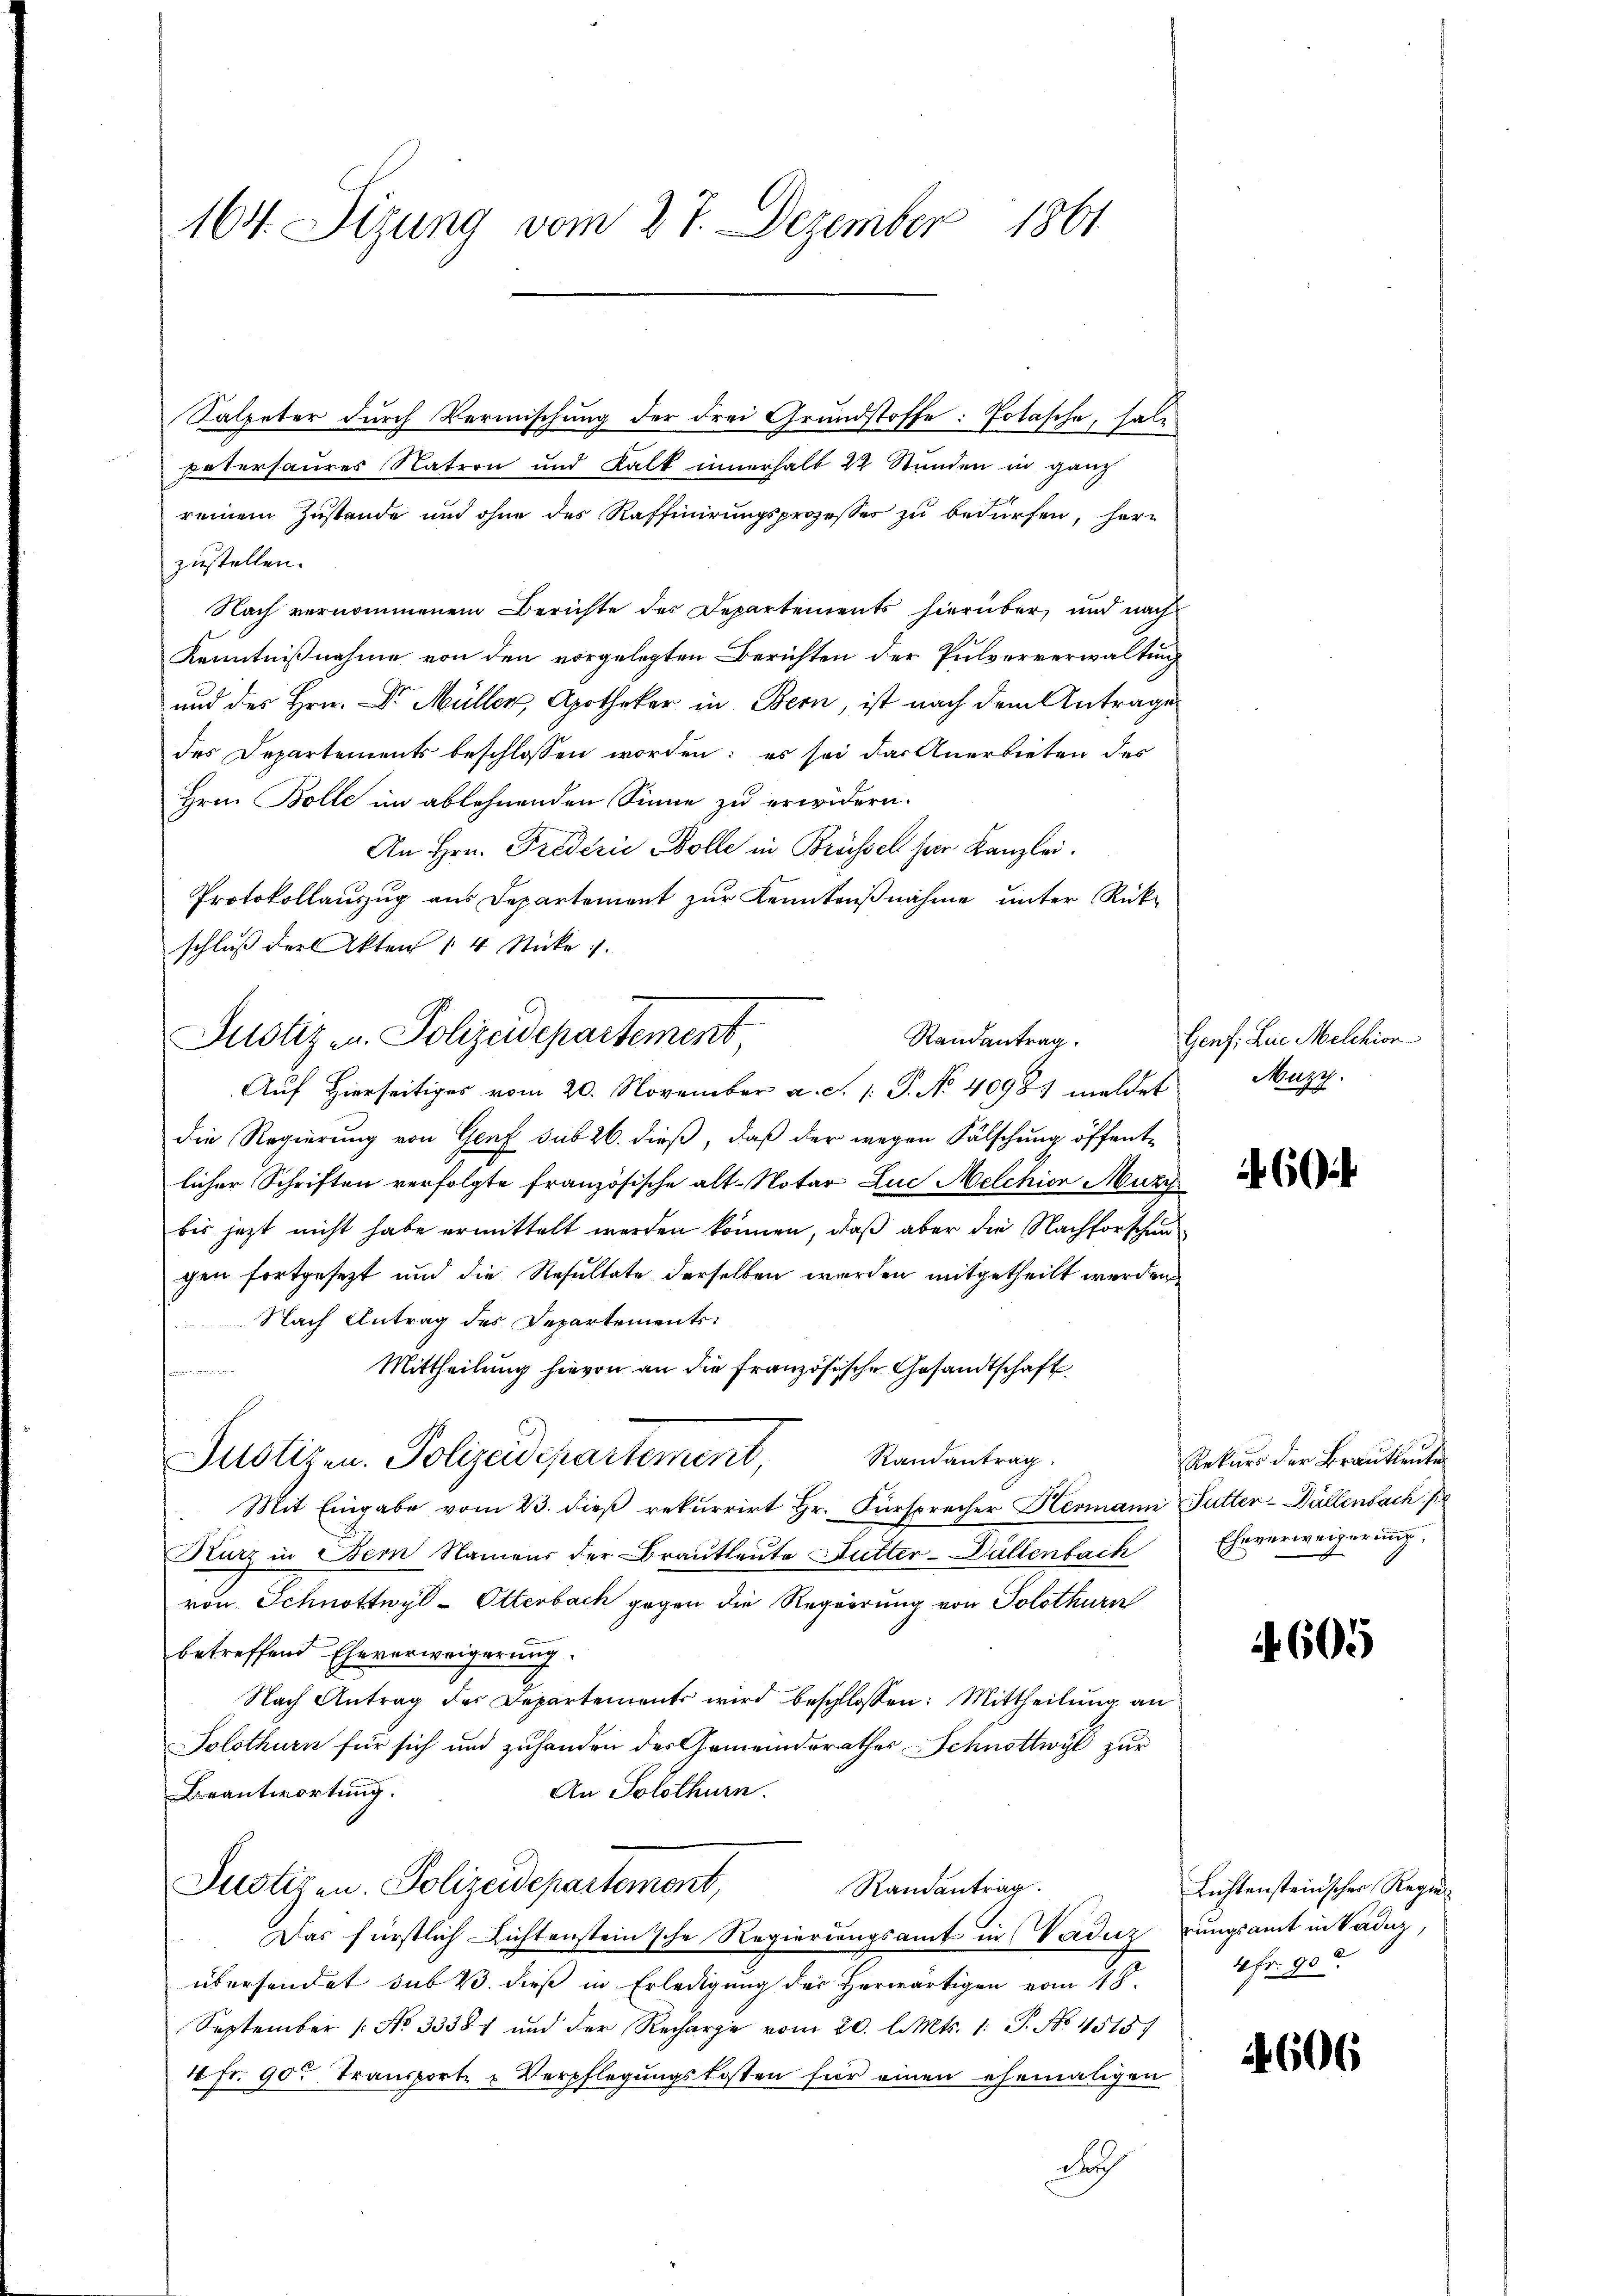
164. Sizung vom 27. Dezember 1861

Salpeter durch Vermischung der drei Grundstoffe: Jotasche, halpatersaures Nation und Kalk innerhalb 22 Stunden in ganz
reinem Zustande und ohne des Raffinirungsprozesser zu bedürfen, herzustellen.
Nach vernommenem Berichte des Departements hierüber, und nach
Kenntnißnahme von den vorgelegten Berichten der Pulververwaltung
und des Hrn. Dr. Müller, Apotheker in Bern, ist nach dem Antrage
des Departements beschlossen worden: es sei das Anerbieten des
Hrn. Bolle im ablehnenden Sinne zu erwidern.
An Hrn. Frederie Bolle in Brüssel für Kanzlei.
Protokollaŭszŭg ans Departement zŭr Kenntniβnahme ŭnter Rück-
schluß der Akten 4 Sticke
Auf Hierseitiges vom 20. November a. c. 1. P. No 4098) meldet
die Regierung von Genf sub 26. dieß, daß der wegen Fälschung öffent-
licher Schriften verfolgte französische alt-Notar Luc Melchior Muzz
bis jetzt nicht habe ermittelt werden können, daß aber die Nachforschen
gen fortgesezt und die Resultate derselben werden mitgetheilt werden
Nach Antrag des Departements:
Mittheilung hievon an die französische Gesandtschaft
e
Randantrag.
Justizen. Polizeidepartement,
Mit Eingabe vom 23. dieß rekurrirt Hr. Fürsprecher Hermann Futter-Dällenbach pe
Kurz in Bern Namens der Brautleute Butter-Dällenbach
von Schnottwyl-Ottenbach gegen die Regierung von Solothurn
betreffend Eheverweigerung.
Nach Antrag des Departements wird beschlossen: Mittheilŭng an
Solothurn für sich und zuhanden der Gemeindsrathes Schnöttwyl zur
An Solothurn.
Beantwortung.
Justizen. Polizeidepartement,
Randantrag.
Das fürstlich Richtensteinsche Regierungsamt in Vaduz
übersendet sub 2. dieß in Erledigung des Herwärtigen vom 18.
September (: No 33387 und der Recharge vom 20. l. Mts. 1. P. No. 4515)
4 Fr. 90. Transporte u Verpflegungskosten für einen ehemaligen
durch

Justiz u. Polizeidepartement

Randantrag.

Genf. Lie Melchion
Muzg.

60

Rekurs der Brautleute
Eheverweigerung.

605

Lichtensteinscher Regier
rungsamt in Vaduz,
10fr. 900.

606